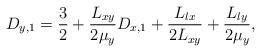
LaTeX: \begin{align*}D_{y,1} = \frac{3}{2}+\frac{L_{xy}}{2\mu_{y}}D_{x,1}+\frac{L_{lx}}{2L_{xy}}+\frac{L_{ly}}{2\mu_{y}},\end{align*}